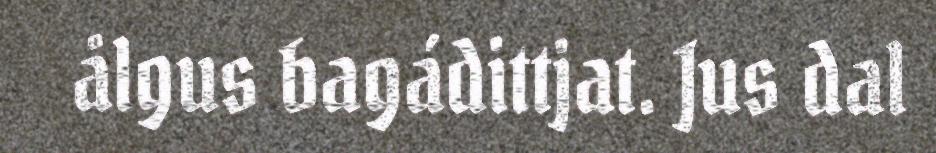
ålgus bagádittjat. Jus dal